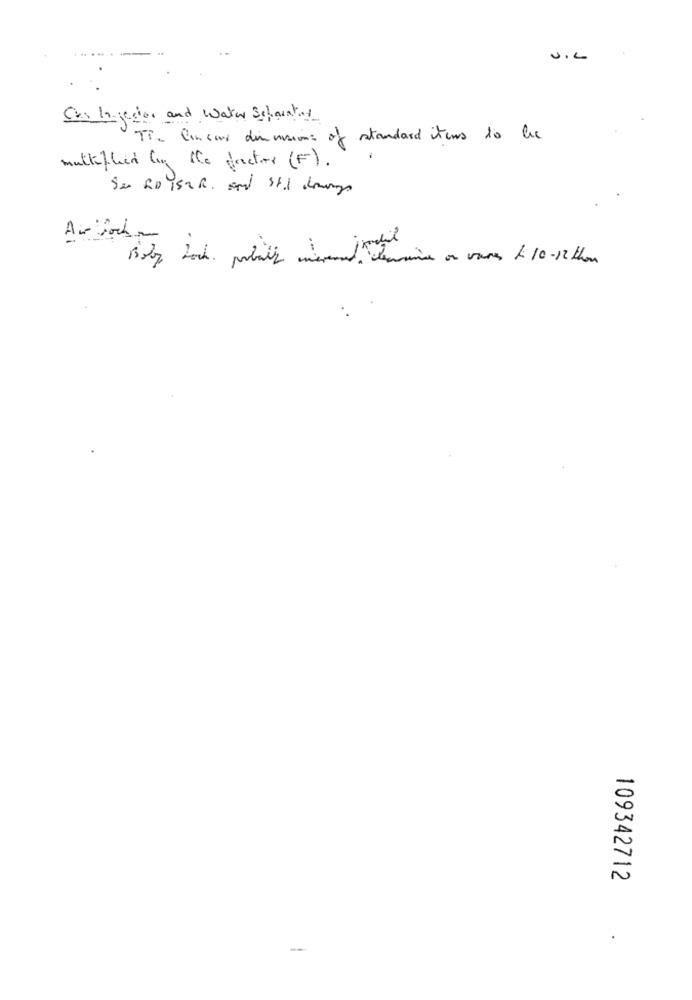
. .. ... .
Cas In jeder and Water Schoentay
Ti. Concour dimensions of standard items to be
multiplied by Se factor (F).
Termine on vores Li 10-12 thou
109342712